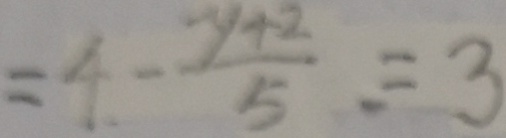
= 4 - \frac { y + 2 } { 5 } = 3